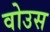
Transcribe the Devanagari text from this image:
वोउस